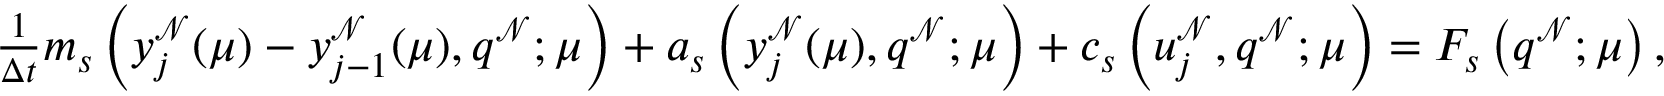
\begin{array} { r } { \frac { 1 } { \Delta t } m _ { s } \left( y _ { j } ^ { \mathcal { N } } ( \boldsymbol { \mu } ) - y _ { j - 1 } ^ { \mathcal { N } } ( \boldsymbol { \mu } ) , q ^ { \mathcal { N } } ; \boldsymbol { \mu } \right) + a _ { s } \left( y _ { j } ^ { \mathcal { N } } ( \boldsymbol { \mu } ) , q ^ { \mathcal { N } } ; \boldsymbol { \mu } \right) + c _ { s } \left( u _ { j } ^ { \mathcal { N } } , q ^ { \mathcal { N } } ; \boldsymbol { \mu } \right) = F _ { s } \left( q ^ { \mathcal { N } } ; \boldsymbol { \mu } \right) , } \end{array}